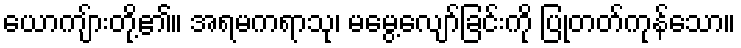
ယောကျ်ားတို့၏။ အရမကရာသု၊ မမွေ့လျော်ခြင်းကို ပြုတတ်ကုန်သော။